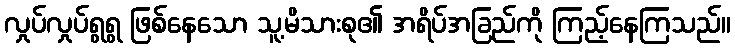
လှုပ်လှုပ်ရွရွ ဖြစ်နေသော သူ့မိသားစု၏ အရိပ်အခြည်ကို ကြည့်နေကြသည်။